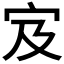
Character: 𫲼